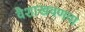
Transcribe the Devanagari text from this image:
वैशाखवणवा